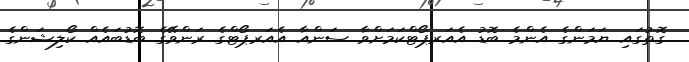
ގޮތުގައި ޔަމަންގެ އެންމެ ބޮޑު އެއަރޕޯޓްކަމަށްވާ ސަންއާ އެއަރޕޯޓްގެ ރަންވޭގެ ބޮޑުބައެއް ކޯލިޝަންގެ